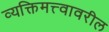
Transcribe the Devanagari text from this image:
व्यक्तिमत्त्वावरील